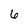
Character: 6